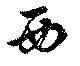
西